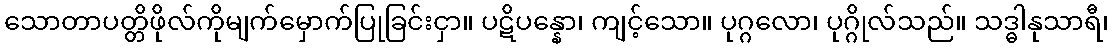
သောတာပတ္တိဖိုလ်ကိုမျက်မှောက်ပြုခြင်းငှာ။ ပဋိပန္နော၊ ကျင့်သော။ ပုဂ္ဂလော၊ ပုဂ္ဂိုလ်သည်။ သဒ္ဓါနုသာရီ၊